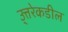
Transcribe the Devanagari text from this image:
उ्त्तरेकडील